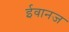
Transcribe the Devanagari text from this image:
ईवानज